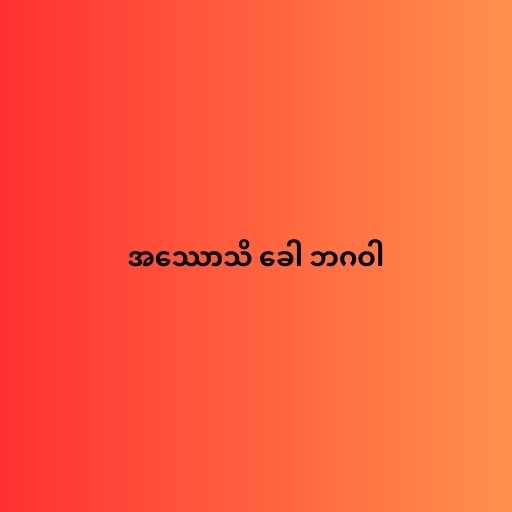
အဿောသိ ခေါ ဘဂဝါ